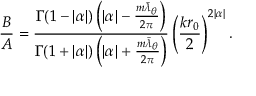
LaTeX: \frac { B } { A } = \frac { \Gamma ( 1 - | \alpha | ) \left( | \alpha | - \frac { m \bar { \lambda } _ { \theta } } { 2 \pi } \right) } { \Gamma ( 1 + | \alpha | ) \left( | \alpha | + \frac { m \bar { \lambda } _ { \theta } } { 2 \pi } \right) } \left( \frac { k r _ { 0 } } { 2 } \right) ^ { 2 | \alpha | } .